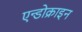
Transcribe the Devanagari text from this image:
एन्डोक्राइन